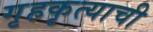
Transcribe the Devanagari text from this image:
गृहकृत्याची